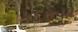
કદરૂપા